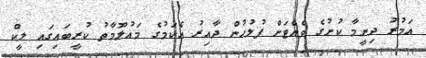
އަމުރު ދިނީމާ ކުށުގެ ވެއްޓަށް ފުލުހުން ދާއިރު އެކަމުގެ މައުލޫމާތު ކުރީބައިގައި ލީކް